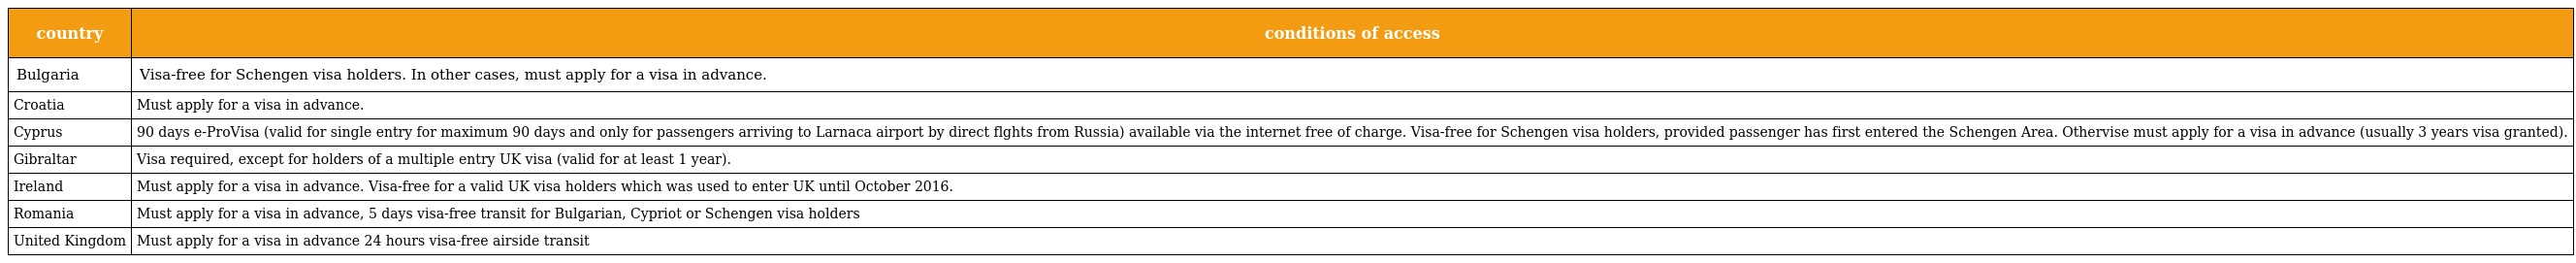
| country | conditions of access |
 | --- | --- |
 | Bulgaria | Visa-free for Schengen visa holders. In other cases, must apply for a visa in advance. |
 | Croatia | Must apply for a visa in advance. |
 | Cyprus | 90 days e-ProVisa (valid for single entry for maximum 90 days and only for passengers arriving to Larnaca airport by direct flghts from Russia) available via the internet free of charge. Visa-free for Schengen visa holders, provided passenger has first entered the Schengen Area. Othervise must apply for a visa in advance (usually 3 years visa granted). |
 | Gibraltar | Visa required, except for holders of a multiple entry UK visa (valid for at least 1 year). |
 | Ireland | Must apply for a visa in advance. Visa-free for a valid UK visa holders which was used to enter UK until October 2016. |
 | Romania | Must apply for a visa in advance, 5 days visa-free transit for Bulgarian, Cypriot or Schengen visa holders |
 | United Kingdom | Must apply for a visa in advance 24 hours visa-free airside transit |